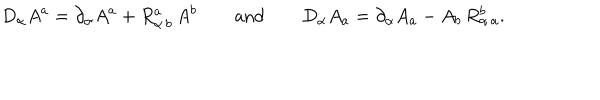
D _ { \alpha } A ^ { a } = \partial _ { \alpha } A ^ { a } + R _ { \alpha \, b } ^ { a } \, A ^ { b } \qquad \mathrm { a n d } \qquad D _ { \alpha } A _ { a } = \partial _ { \alpha } A _ { a } - A _ { b } \, R _ { \alpha \, a } ^ { b } .